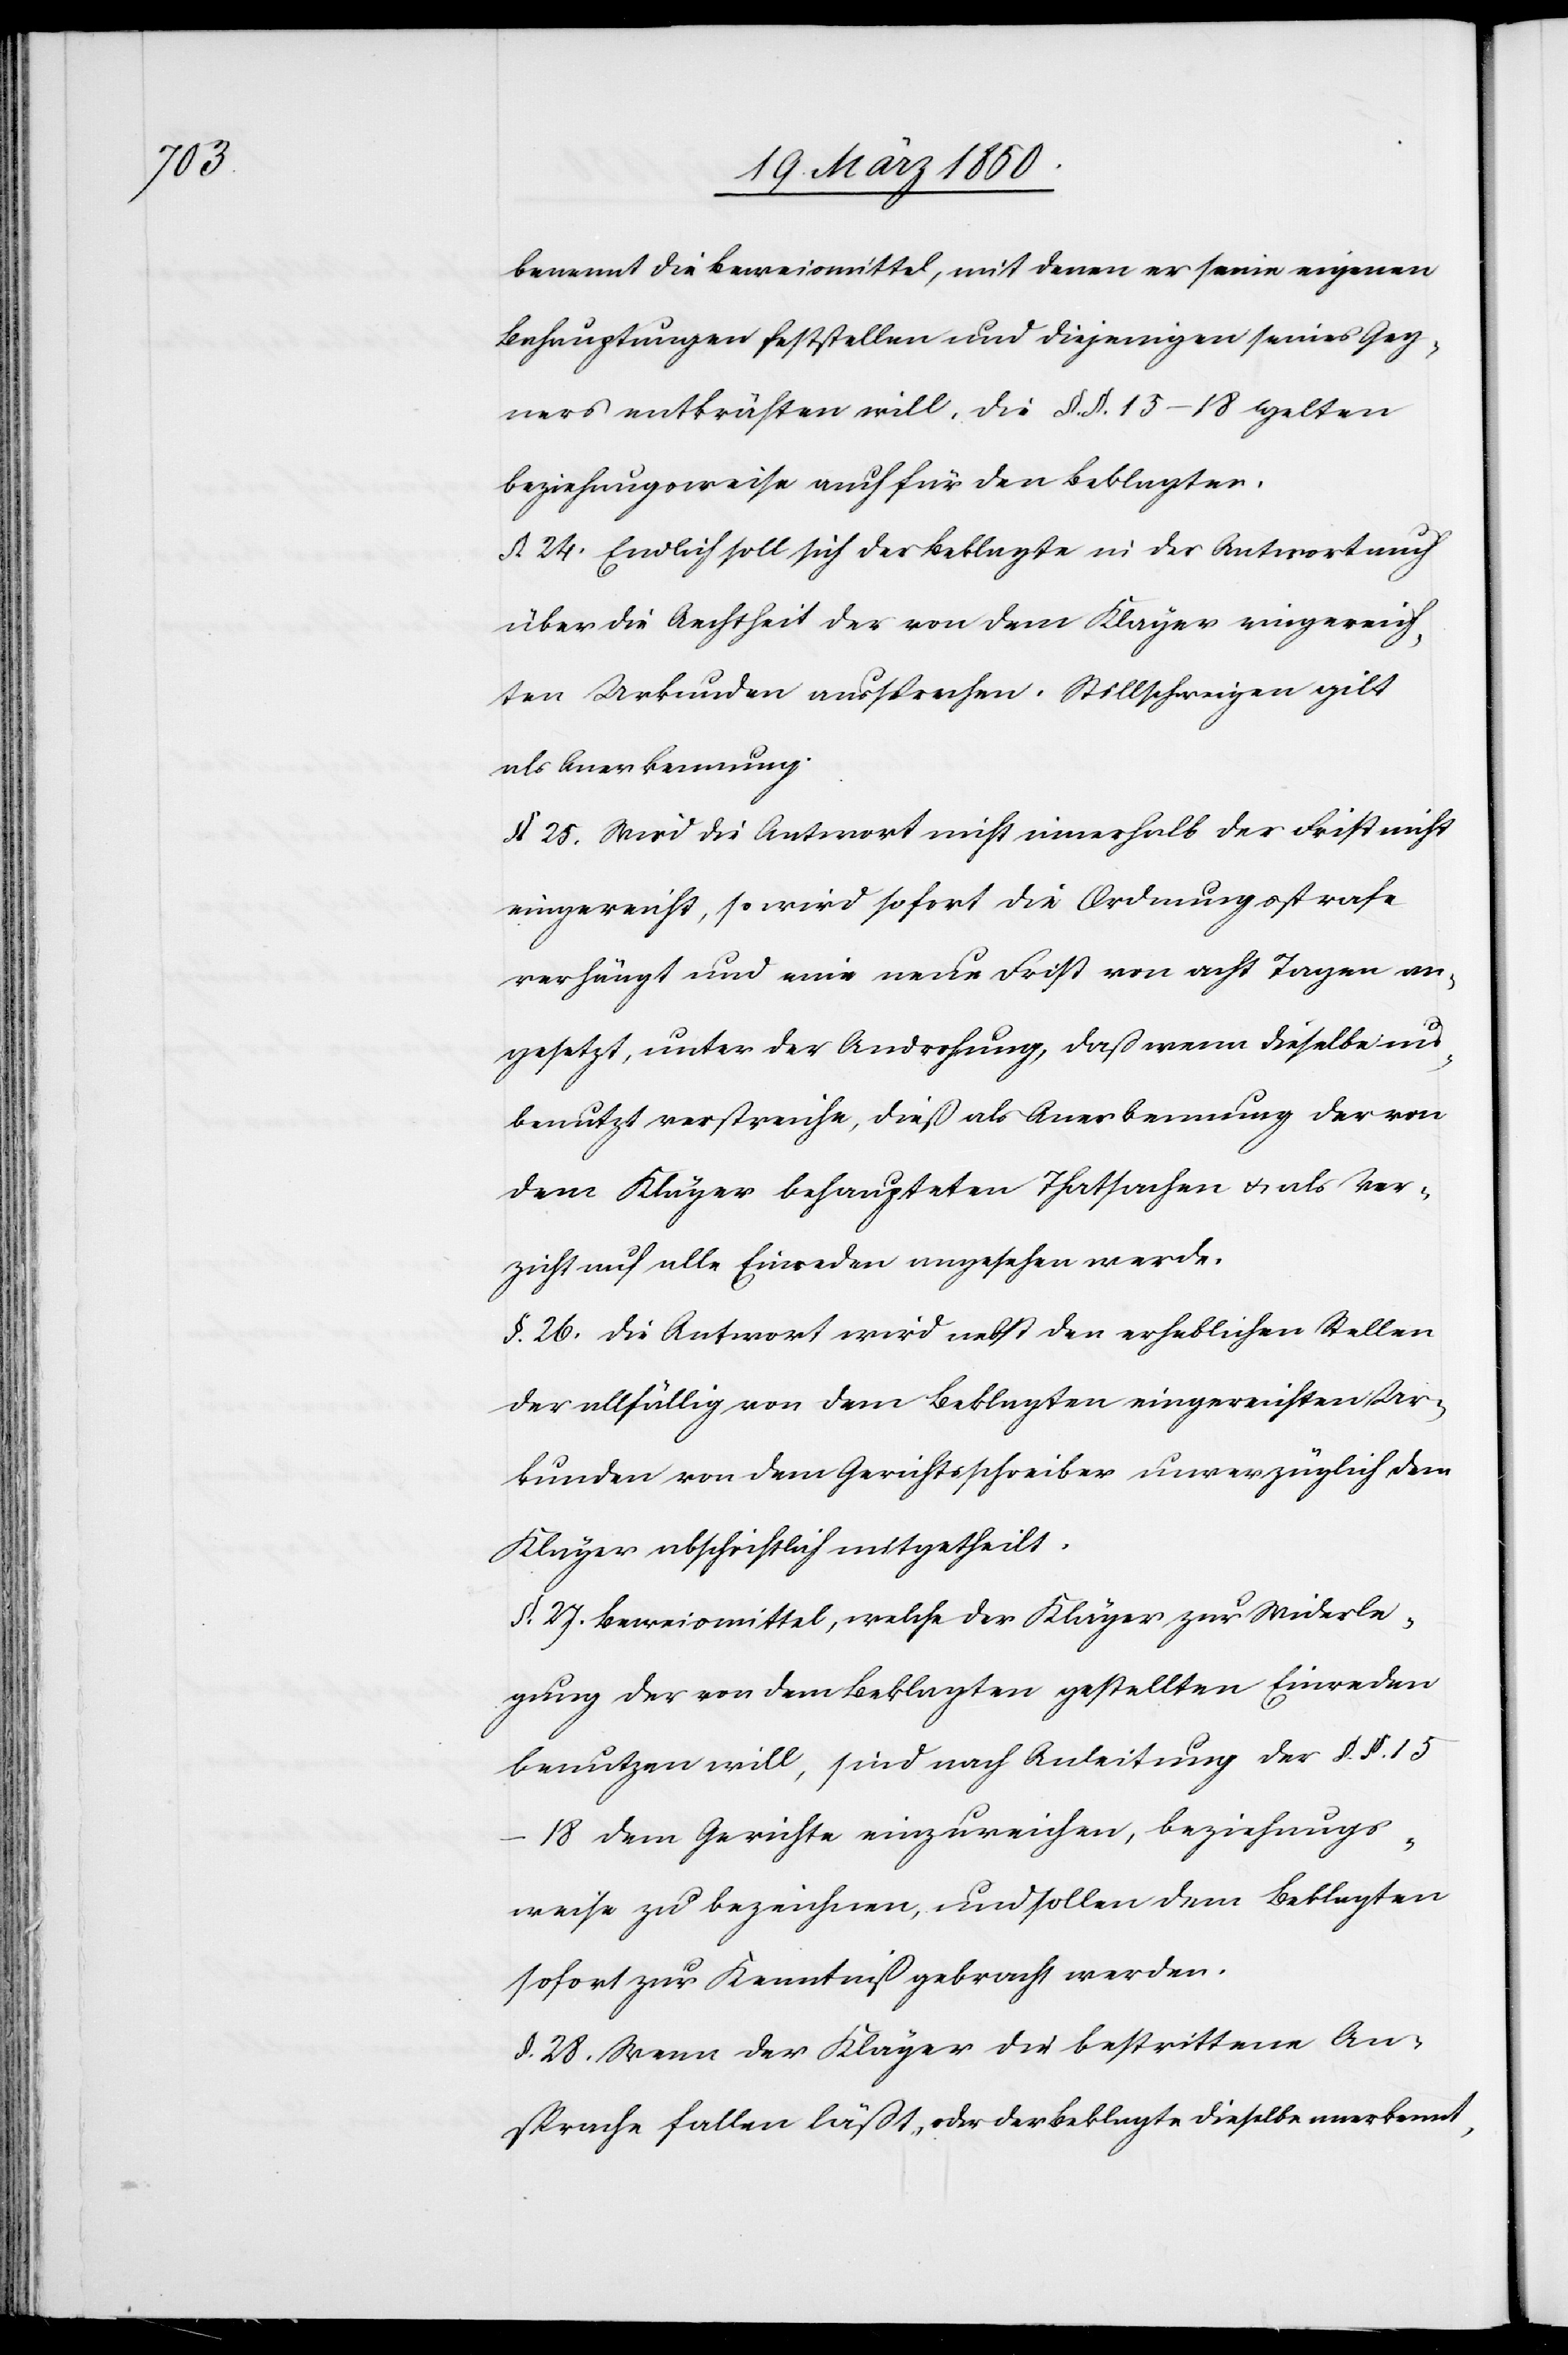
benennt die Beweismittel, mit denen er seine eigenen
Behauptungen feststellen und diejenigen seines Geg¬
ners entkräften will. Die §. §. 15–18 gelten
beziehungsweise auch für den Beklagten.
§. 24. Endlich soll sich der Beklagte in der Antwort auch
über die Aechtheit der von dem Kläger eingereich¬
ten Urkunden aussprechen. Stillschweigen gilt
als Anerkennung.
§. 25. Wird die Antwort nicht innerhalb der Frist nicht
eingereicht, so wird sofort die Ordnungsstrafe
verhängt und eine neue Frist von acht Tagen an¬
gesetzt, unter der Androhung, daß wenn dieselbe un¬
benutzt verstreiche, dieß als Anerkennung der von
dem Kläger behaupteten Thatsachen u. als Ver¬
zicht auf alle Einreden angesehen werde.
§. 26. Die Antwort wird nebst den erheblichen Stellen
der allfällig von dem Beklagten eingereichten Ur¬
kunden von dem Gerichtsschreiber unverzüglich dem
Kläger abschriftlich mitgetheilt.
§. 27. Beweismittel, welche der Kläger zur Widerle¬
gung der von dem Beklagten gestellten Einreden
benutzen will, sind nach Anleitung der §. §.
15–18 dem Gerichte einzureichen, beziehungs¬
weise zu bezeichnen, und sollen dem Beklagten
sofort zur Kenntniß gebracht werden.
§. 28. Wenn der Kläger die bestrittene An¬
sprache fallen läßt, oder der Beklagte dieselbe anerkennt,